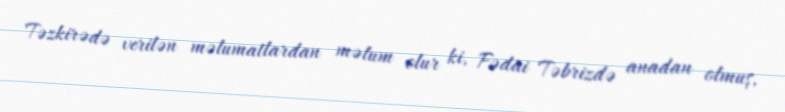
Təzkirədə verilən məlumatlardan məlum olur ki, Fədai Təbrizdə anadan olmuş,